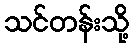
သင်တန်းသို့